Lunatic asylums in Bengal annual reports 1899-1911 - 1899-1911
Year: 1899
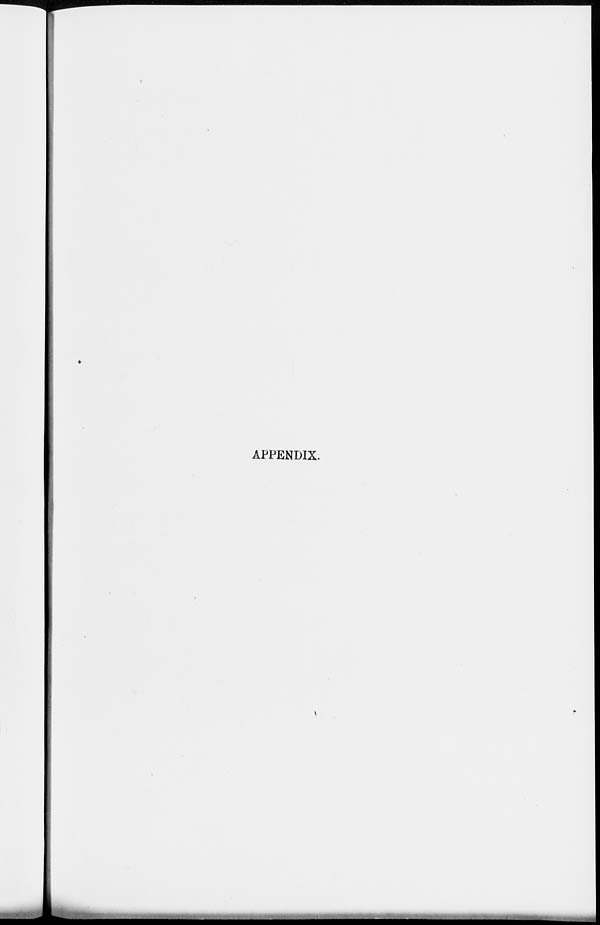
APPENDIX.